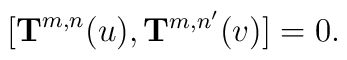
[{\bf T}^{m,n}(u),{\bf T}^{m,n'}(v)] = 0.